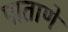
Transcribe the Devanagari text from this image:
पाताणे